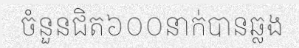
ចំនួនជិត៦០០នាក់បានឆ្លង